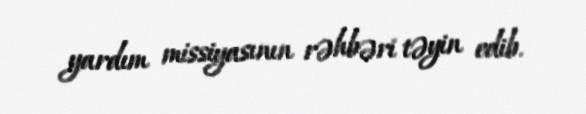
yardım missiyasının rəhbəri təyin edib.